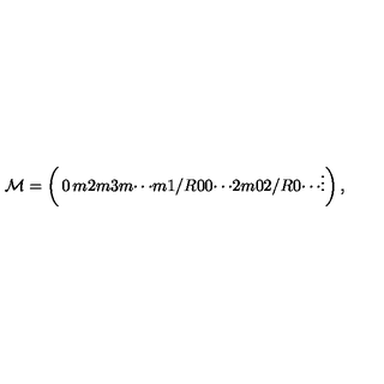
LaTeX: { \cal M } = \left( \begin{matrix} { 0 } & { m } & { 2 m } & { 3 m } & { \cdots } \\ { m } & { 1 / R } & { 0 } & { 0 } & { \cdots } \\ { 2 m } & { 0 } & { 2 / R } & { 0 } & { \cdots } \\ { \vdots } \\ \end{matrix} \right) ,